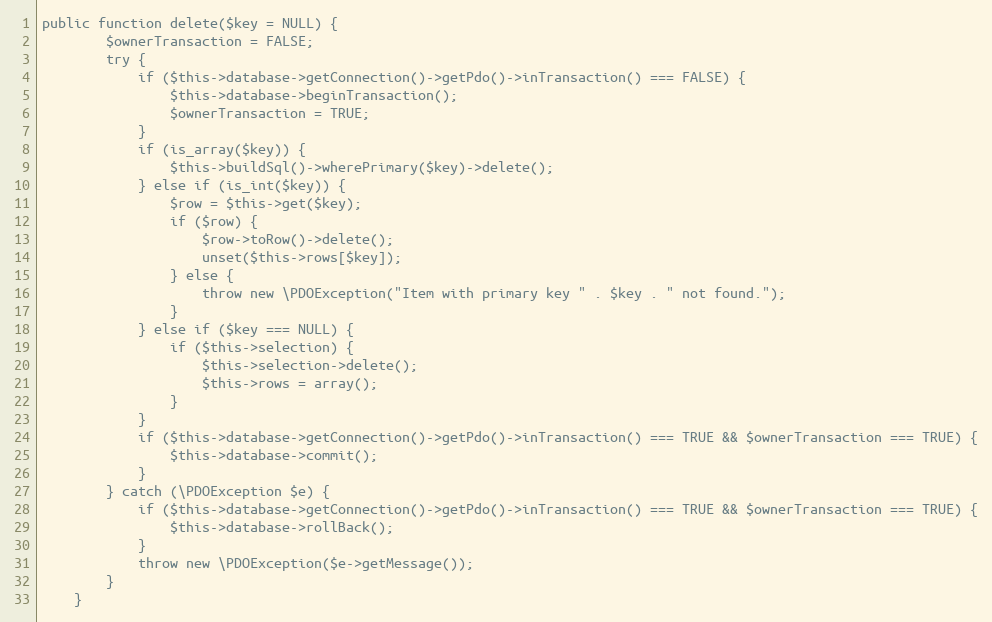
Language: PHP
public function delete($key = NULL) {
		$ownerTransaction = FALSE;
		try {
			if ($this->database->getConnection()->getPdo()->inTransaction() === FALSE) {
				$this->database->beginTransaction();
				$ownerTransaction = TRUE;
			}
			if (is_array($key)) {
				$this->buildSql()->wherePrimary($key)->delete();
			} else if (is_int($key)) {
				$row = $this->get($key);
				if ($row) {
					$row->toRow()->delete();
					unset($this->rows[$key]);
				} else {
					throw new \PDOException("Item with primary key " . $key . " not found.");
				}
			} else if ($key === NULL) {
				if ($this->selection) {
					$this->selection->delete();
					$this->rows = array();
				}
			}
			if ($this->database->getConnection()->getPdo()->inTransaction() === TRUE && $ownerTransaction === TRUE) {
				$this->database->commit();
			}
		} catch (\PDOException $e) {
			if ($this->database->getConnection()->getPdo()->inTransaction() === TRUE && $ownerTransaction === TRUE) {
				$this->database->rollBack();
			}
			throw new \PDOException($e->getMessage());
		}
	}